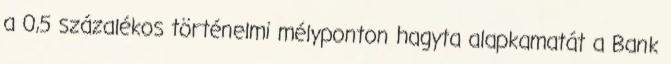
a 0,5 százalékos történelmi mélyponton hagyta alapkamatát a Bank